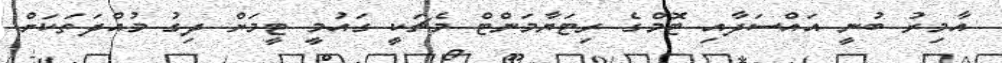
އާމިރު ބުނީ އައްސަދާއި ޓޮމްގެ ރިޓަޔާމަންޓް މެޗަކީ ގައުމީ ޓީމަށް ދިގު މުއްދަތަކަށް